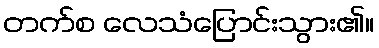
တက်စ လေသံပြောင်းသွား၏။